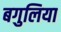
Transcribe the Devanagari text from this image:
बगुलिया